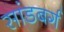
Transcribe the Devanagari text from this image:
सांडबर्ग